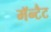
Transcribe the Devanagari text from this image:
मॅन्टैट